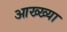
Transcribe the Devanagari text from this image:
आख्‍ख्या